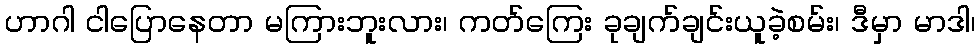
ဟာဂါ ငါပြောနေတာ မကြားဘူးလား၊ ကတ်ကြေး ခုချက်ချင်းယူခဲ့စမ်း၊ ဒီမှာ မာဒါ၊